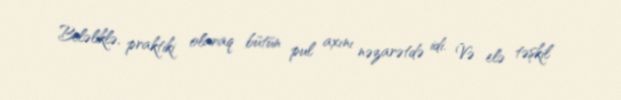
Beləliklə, praktiki olaraq bütün pul axını nəzarətdə idi. Və elə təşkil